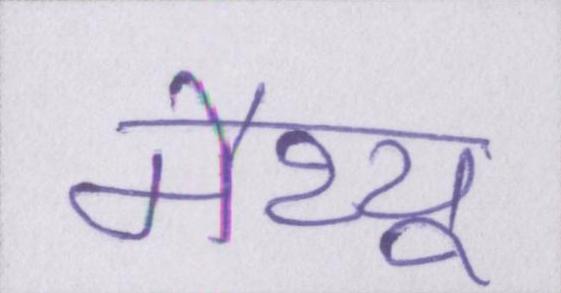
मैथ्यू